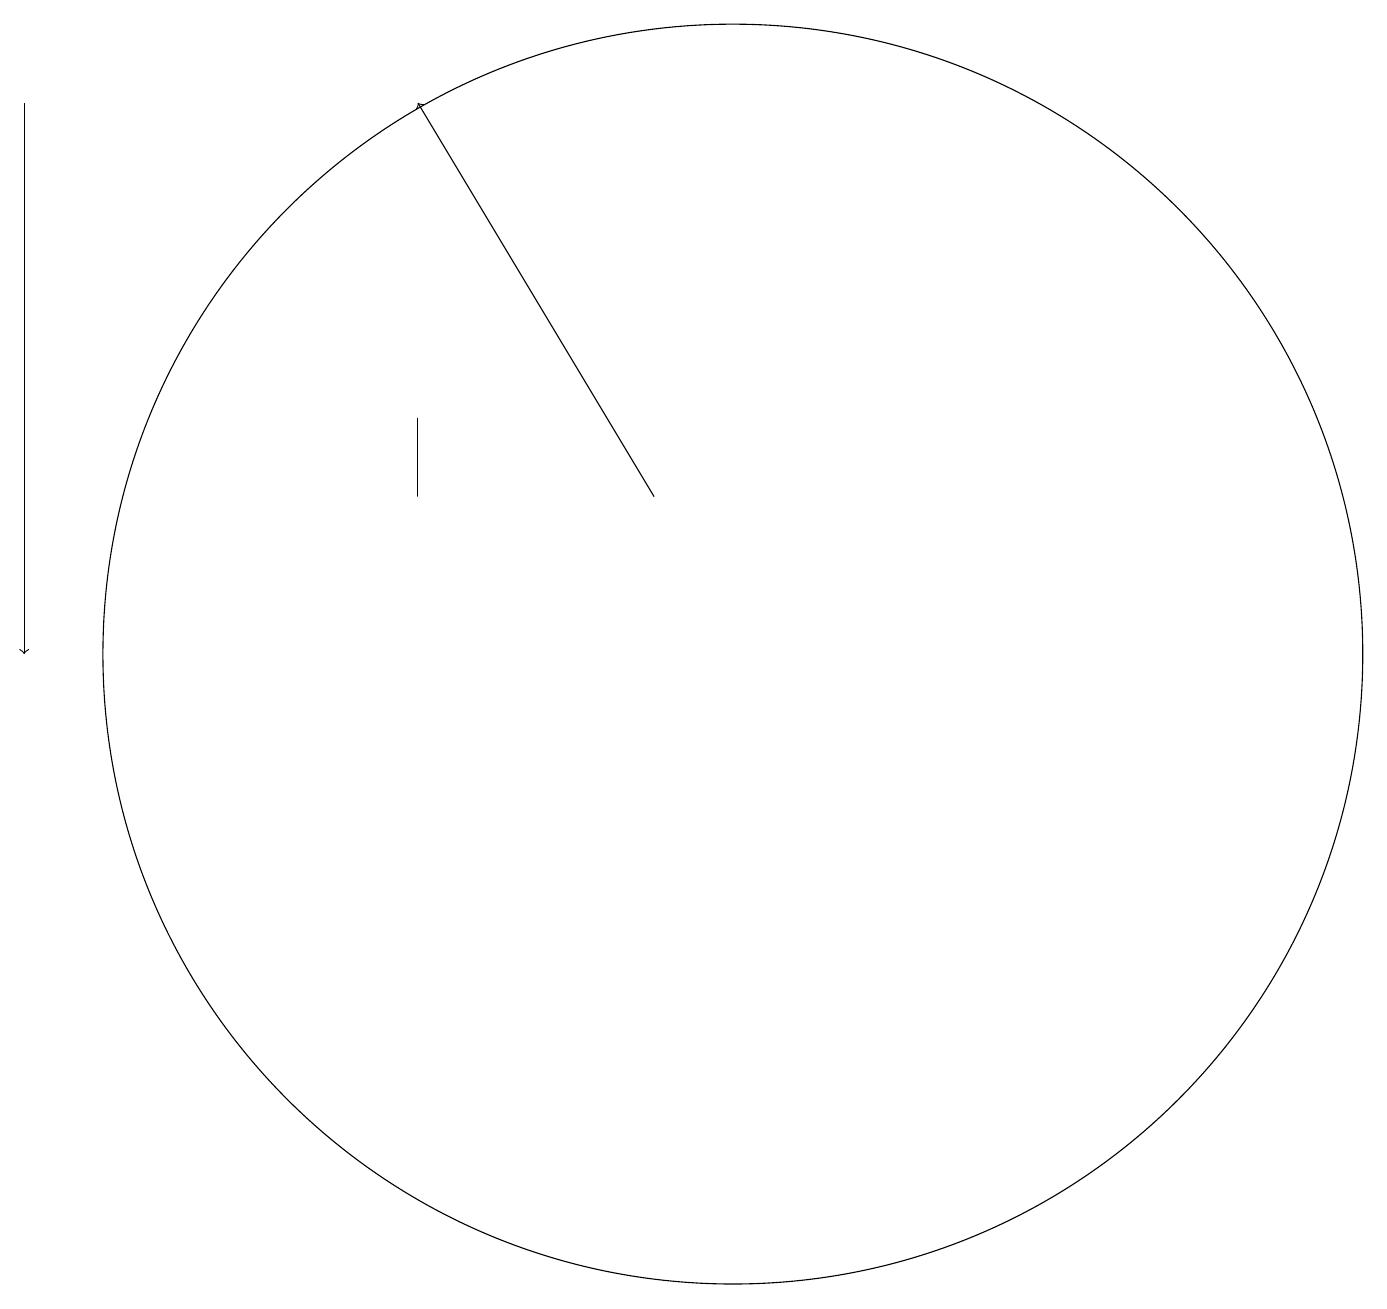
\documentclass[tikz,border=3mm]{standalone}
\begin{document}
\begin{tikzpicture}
\draw[->] (1,17) -- (1,10);
\draw[->] (9,12) -- (6,17);
\draw (10,10) circle (8);
\draw (6,13) rectangle (6,12);
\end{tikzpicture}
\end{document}